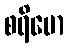
စရိမော